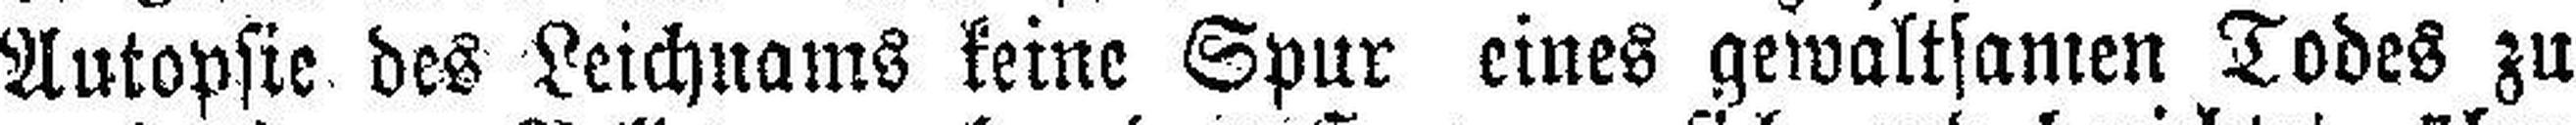
Autopsie des Leichnams keine Spur eines gewaltsamen Todes zu